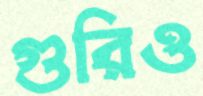
গুরিও